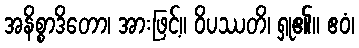
အနိစ္စာဒိတော၊ အားဖြင့်။ ဝိပဿတိ၊ ရှု၏။ ဧဝံ၊